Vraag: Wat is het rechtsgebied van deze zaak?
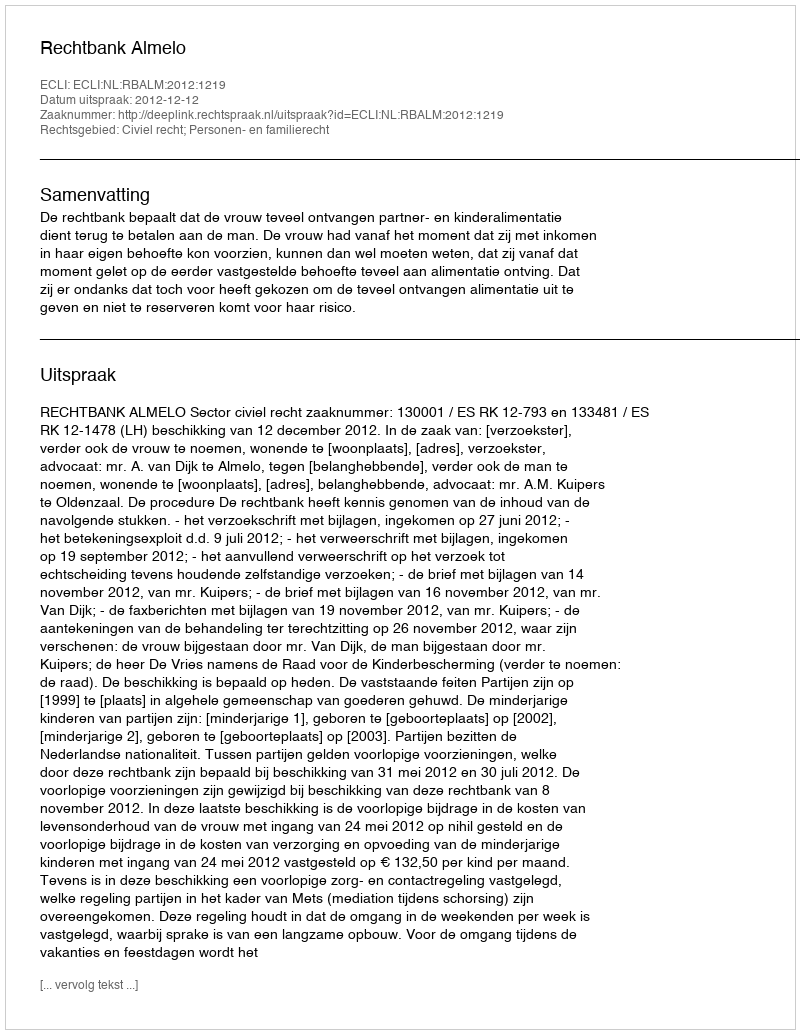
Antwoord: Civiel recht; Personen- en familierecht